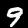
Digit: 9